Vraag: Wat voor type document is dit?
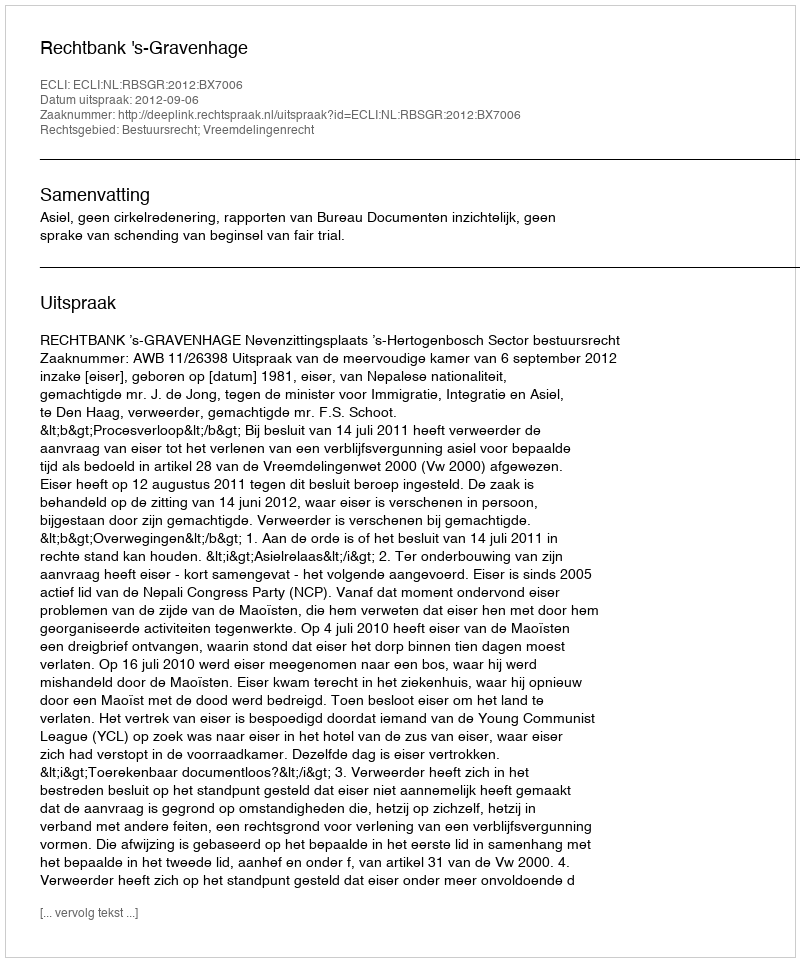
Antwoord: Uitspraak